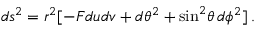
d s ^ { 2 } = r ^ { 2 } [ - { \cal F } d u d v + d \theta ^ { 2 } + \sin ^ { 2 } \! \theta \, d \phi ^ { 2 } ] \: .